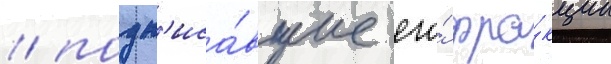
/ подп'иса́вшие его́ фра́кции